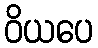
ဝိယပေ